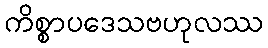
ကိစ္စာပဒေသဗဟုလဿ